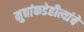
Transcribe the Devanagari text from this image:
मुद्यांकडेहीत्यांचे